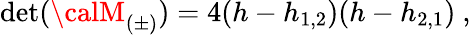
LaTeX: \operatorname*{d\mathrm{e}t}({\calM}_{(\pm)})=4(h-h_{1,2})(h-h_{2,1}){}~,